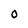
Character: 0